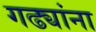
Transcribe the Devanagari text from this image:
गढ्यांना